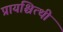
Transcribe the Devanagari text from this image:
प्रायश्चित्थी